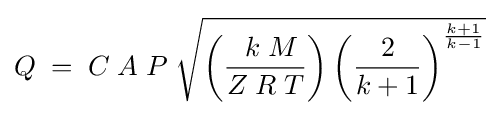
Q\;=\;C\;A\;P\;{\sqrt {\left({\frac {\;\,k\;M}{Z\;R\;T}}\right)\left({\frac {2}{k+1}}\right)^{\frac {k+1}{k-1}}}}